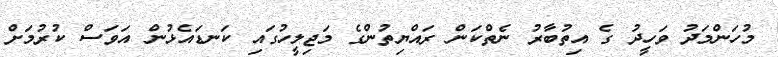
މުހަންމަދު ވަހީދު ގެ އިތުބާރު ނެތްކަން ރައްޔިތުންގެ މަޖިލީހުގައި ކަނޑައެޅުން އަވަސް ކުރުމަށް